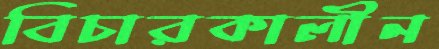
বিচারকালীন